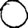
Digit: 0